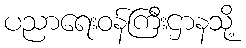
ပညာရေးဝန်ကြီးဌာနသို့